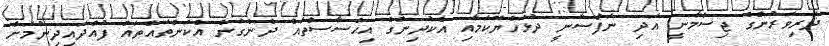
ދަރިވަރުންގެ ޖިސްމާނީ އަދި ނަފްސާނީ ދުޅަހެޔޮކަމާއި އެކުދިންގެ އިޙްސާސްތައް ދެނެގަނެ އެކަންތައްތައް ފުއްދައިދިނުމަށް